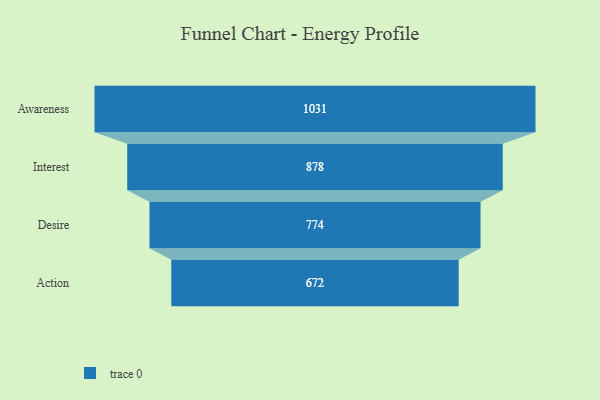
{"axis": {"x": "Stage", "y": "Value"}, "legend": [""], "data": [{"x": "Awareness", "y": 1031.0, "type": ""}, {"x": "Interest", "y": 878.0, "type": ""}, {"x": "Desire", "y": 774.0, "type": ""}, {"x": "Action", "y": 672.0, "type": ""}]}